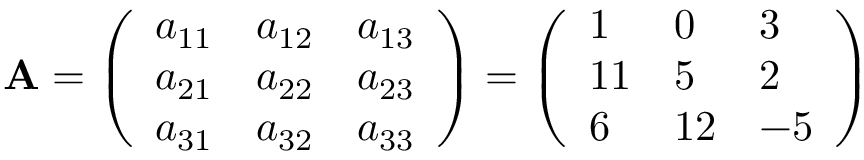
\mathbf { A } = { \left( \begin{array} { l l l } { a _ { 1 1 } } & { a _ { 1 2 } } & { a _ { 1 3 } } \\ { a _ { 2 1 } } & { a _ { 2 2 } } & { a _ { 2 3 } } \\ { a _ { 3 1 } } & { a _ { 3 2 } } & { a _ { 3 3 } } \end{array} \right) } = { \left( \begin{array} { l l l } { 1 } & { 0 } & { 3 } \\ { 1 1 } & { 5 } & { 2 } \\ { 6 } & { 1 2 } & { - 5 } \end{array} \right) }